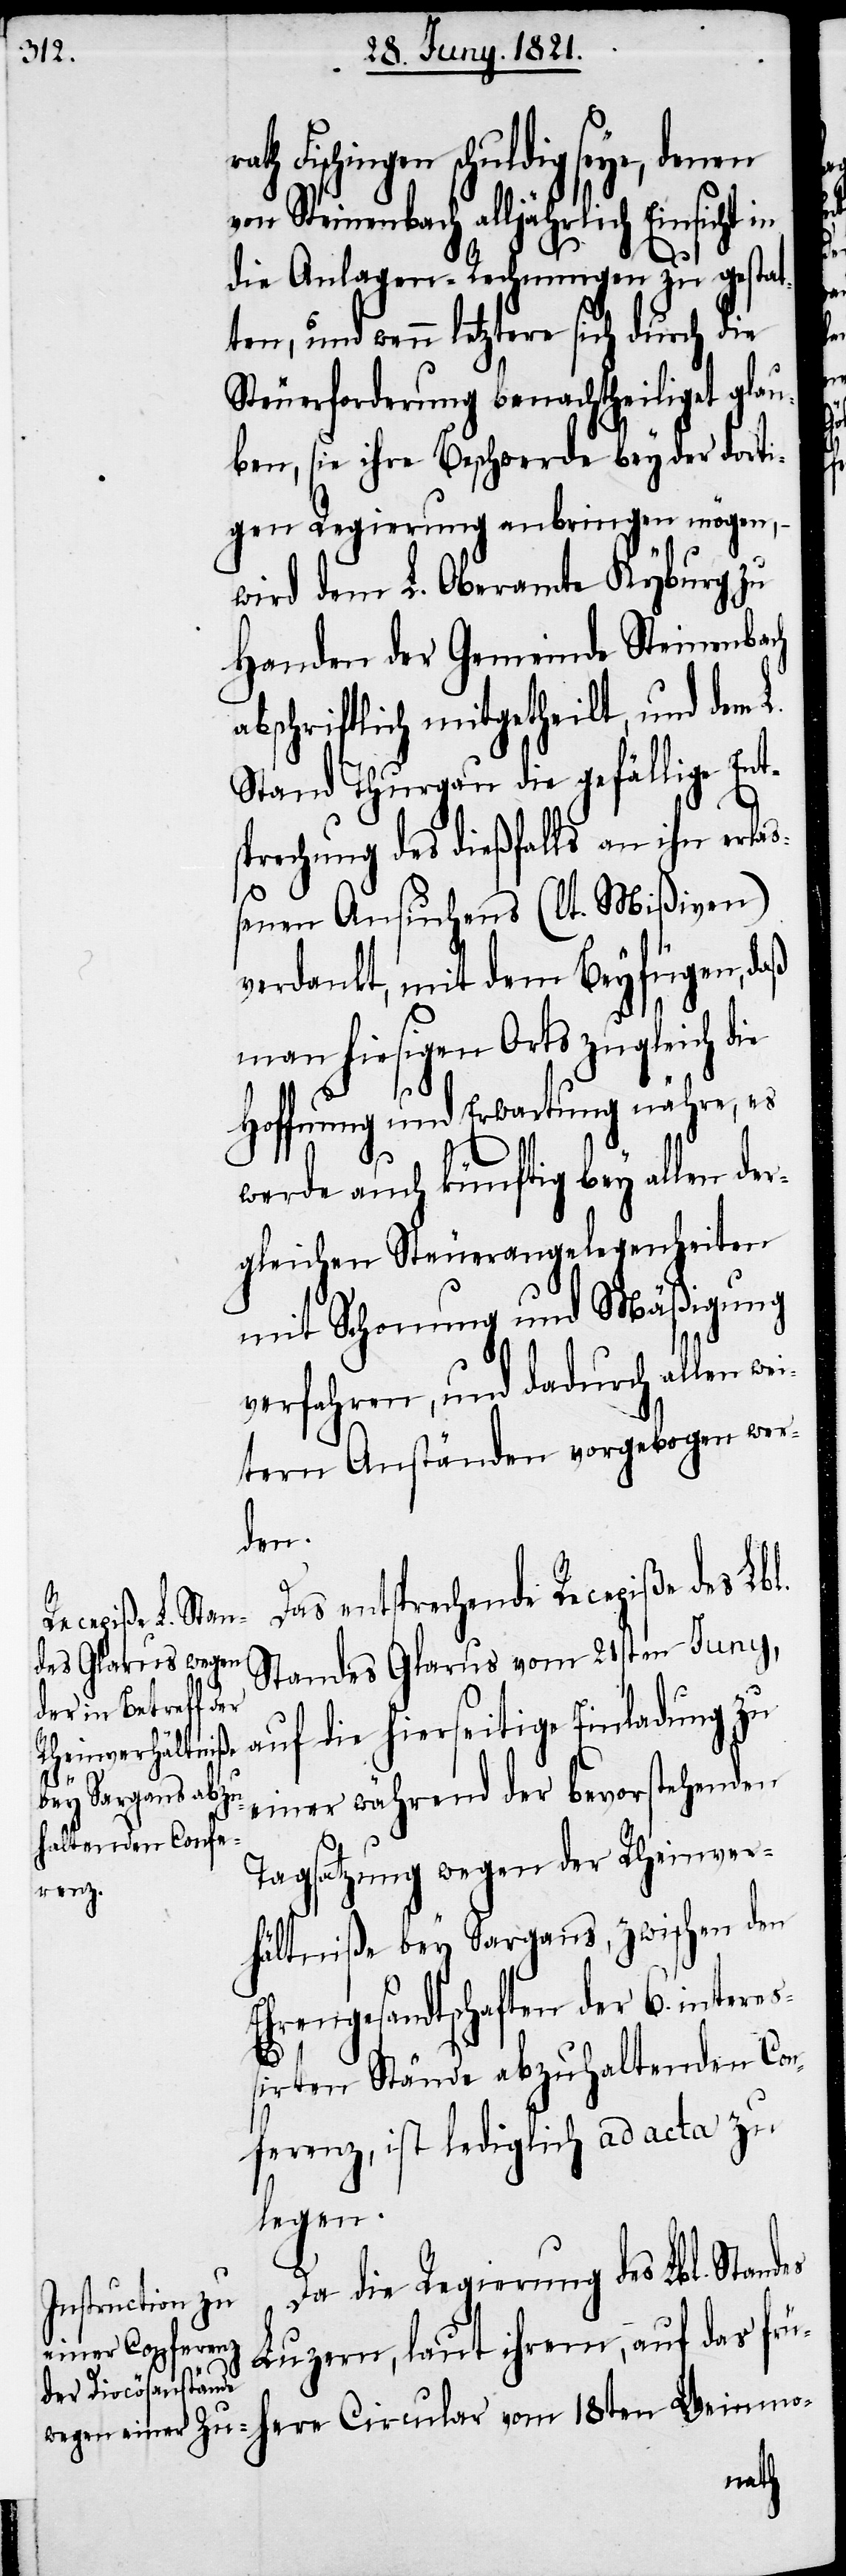
here Circular vom
von Steinenbach alljährlich
die Anlagen-Rechnungen zu gestat¬
ten, und wenn letztere sich durch die
Steuerforderung benachtheiliget glau¬
ben, sie ihre Beschwerde bey der dorti¬
gen Regierung anbringen mögen,
wird dem L. Oberamte Kyburg zu
Handen der Gemeinde Steinenbach
abschriftlich mitgetheilt, und dem L.
Stand Thurgau die gefällige Ent¬
sprechung des dießfalls an ihn erla¬
ßenen Ansuchens (lt. Mißiven)
verdankt, mit dem Beyfügen, daß
man hiesigen Orts zugleich die
Hoffnung und Erwartung nähre, es
werde auch künftig bey allen de¬
rgleichen Steuerangelegenheiten
mit Schonung und Mäßigung
verfahren, und dadurch allen we¬
itern Anständen vorgebogen wer¬
den.
Das entsprechende Recepiße des Lbl.
Standes Glarus vom 21sten Juny,
auf die hierseitige Einladung zu
18ten
einer während der bevorstehenden
Tagsatzung wegen der Rheinver¬
hältniße bey Sargans, zwischen den
Ehrengesandtschaften der 6. intereß¬
es
irten Stände abzuhaltenden Con¬
ferenz, ist lediglich ad acta zu
legen.
Da die Regierung des Lbl. Stand¬
Luzern, laut ihrem, auf das frü¬
rath